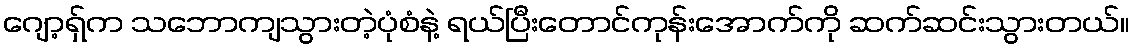
ဂျော့ရှ်က သဘောကျသွားတဲ့ပုံစံနဲ့ ရယ်ပြီးတောင်ကုန်းအောက်ကို ဆက်ဆင်းသွားတယ်။